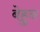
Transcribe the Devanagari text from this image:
बेहुन